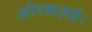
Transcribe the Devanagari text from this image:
ओरकज़ई।